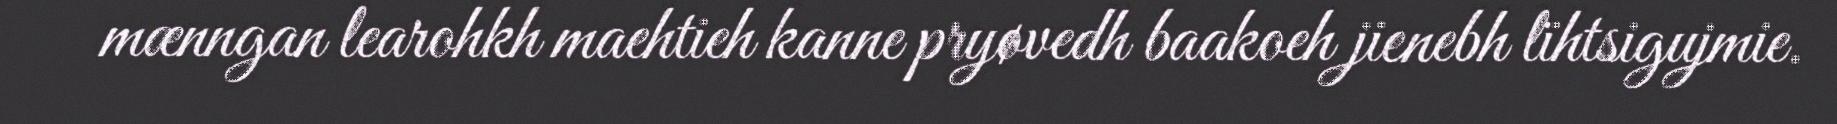
mænngan learohkh maehtieh kanne pryøvedh baakoeh jienebh lïhtsigujmie.